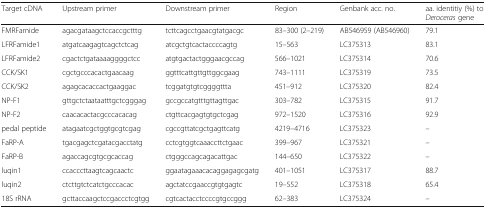
| Target cDNA | Upstream primer | Downstream primer | Region | Genbank acc. no. | aa. identitiy (%) to Deroceras gene |
 | --- | --- | --- | --- | --- | --- |
 | FMRFamide | agacgataagctccaccgctttg | tcttcagcctgaacgtatgacgc | 83–300 (2–219) | AB546959 (AB546960) | 79.1 |
 | LFRFamide1 | atgatcaagagtcagctctcag | atcgctgtcactaccccagtg | 15–563 | LC375313 | 83.1 |
 | LFRFamide2 | cgactctgataaaaggggctcc | atgtgactactgggaacgccag | 566–1021 | LC375314 | 70.6 |
 | CCK/SK1 | cgctgcccacactgaacaag | ggtttcattgttgttggcgaag | 743–1111 | LC375319 | 73.5 |
 | CCK/SK2 | agagcacaccactgaaggac | tcggatgtgtcggggttta | 451–912 | LC375320 | 82.4 |
 | NP-F1 | gttgctctaataatttgctcgggag | gccgccatgtttgttagttgac | 303–782 | LC375315 | 91.7 |
 | NP-F2 | caacacactacgcccacacag | ctgttcacgagtgtgctcgag | 972–1520 | LC375316 | 92.9 |
 | pedal peptide | atagaatcgctggtgcgtcgag | cgccgttatcgctgagttcatg | 4219–4716 | LC375323 | – |
 | FaRP-A | tgacgagctcgatacgacctatg | cctcgtggtcaaaccttctgaac | 399–967 | LC375321 | – |
 | FaRP-B | agaccagcgtgcgcaccag | ctgggccagcagacattgac | 144–650 | LC375322 | – |
 | luqin1 | ccacccttaagtcagcaactc | ggaatagaaacacaggagagcgatg | 401–1051 | LC375317 | 88.7 |
 | luqin2 | ctcttgtctcatctgcccacac | agctatccgaaccgtgtgagtc | 19–552 | LC375318 | 65.4 |
 | 18S rRNA | gcttaccaagctccgaccctcgtgg | cgtcactacctccccgtgccggg | 62–383 | LC375324 | – |